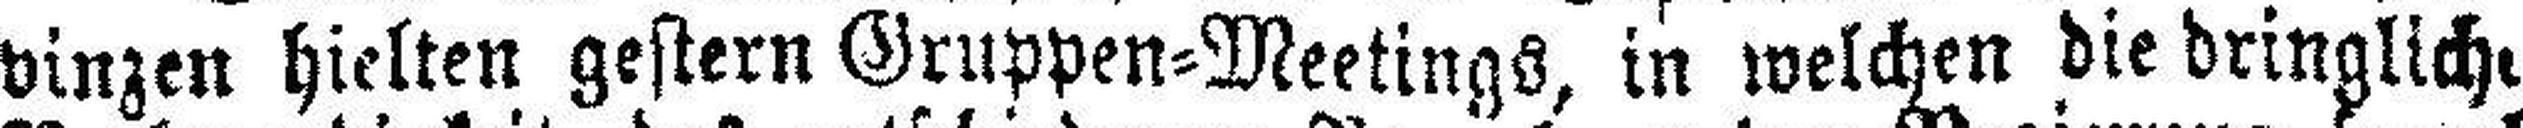
vinzen hielten gestern Gruppen=Meetings, in welchen die dringlich,